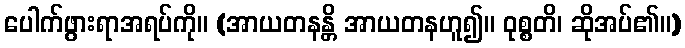
ပေါက်ဖွားရာအရပ်ကို။ (အာယတနန္တိ အာယတနဟူ၍။ ဝုစ္စတိ၊ ဆိုအပ်၏။)